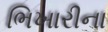
ભિખારીના